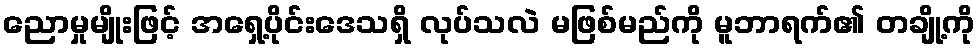
ညောမှုမျိုးဖြင့် အရှေ့ပိုင်းဒေသရှိ လုပ်သလဲ မဖြစ်မည်ကို မူဘာရက်၏ တချို့ကို